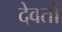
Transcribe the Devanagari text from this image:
देवतों